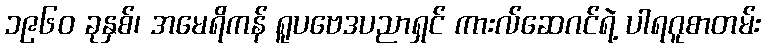
၁၉၆၀ ခုနှစ်၊ အမေရိကန် ရူပဗေဒပညာရှင် ကားလ်ဆေဂင်ရဲ့ ပါရဂူစာတမ်း